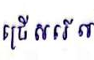
ជ្រើសរើស